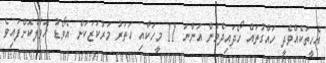
އެހީތަކެއްވެދީ ހައްގުތައް ހޯދައިދެމުން އަންނަ 11 މީހަކާއި ހަތަރު މަރުކަޒަކަށް އެވޯޑު ހަވާލުކޮށްފައިވެ